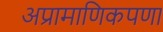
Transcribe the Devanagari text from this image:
अप्रामाणिकपणा